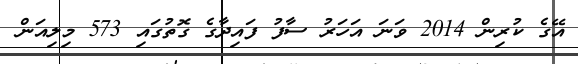
އޭގެ ކުރިން 2014 ވަނަ އަހަރު ސާފު ފައިދާގެ ގޮތުގައި 573 މިލިއަން